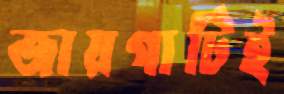
জায়গাটিই